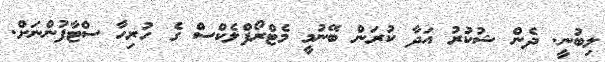
ލިބުނީ. ދެން ޝުކުރު އަދާ ކުރަން ބޭނުމީ މެޓްރޯފްލެކްސް ގެ ހުރިހާ ސްޓާފުންނަށް.